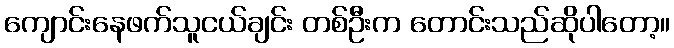
ကျောင်းနေဖက်သူငယ်ချင်း တစ်ဦးက တောင်းသည်ဆိုပါတော့။